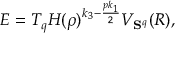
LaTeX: E = T _ { q } H ( \rho ) ^ { k _ { 3 } - \frac { p k _ { 1 } } { 2 } } V _ { { \bf S } ^ { q } } ( R ) ,